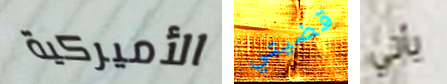
الأميركية قضيتي يأتي